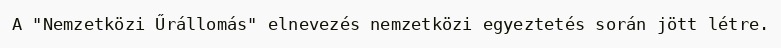
A "Nemzetközi Űrállomás" elnevezés nemzetközi egyeztetés során jött létre.